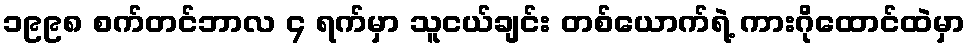
၁၉၉၈ စက်တင်ဘာလ ၄ ရက်မှာ သူငယ်ချင်း တစ်ယောက်ရဲ့ ကားဂိုထောင်ထဲမှာ